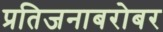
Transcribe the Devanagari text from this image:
प्रतिजनाबरोबर